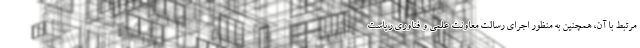
مرتبط با آن، همچنین به منظور اجرای رسالت معاونت علمی و فناوری ریاست